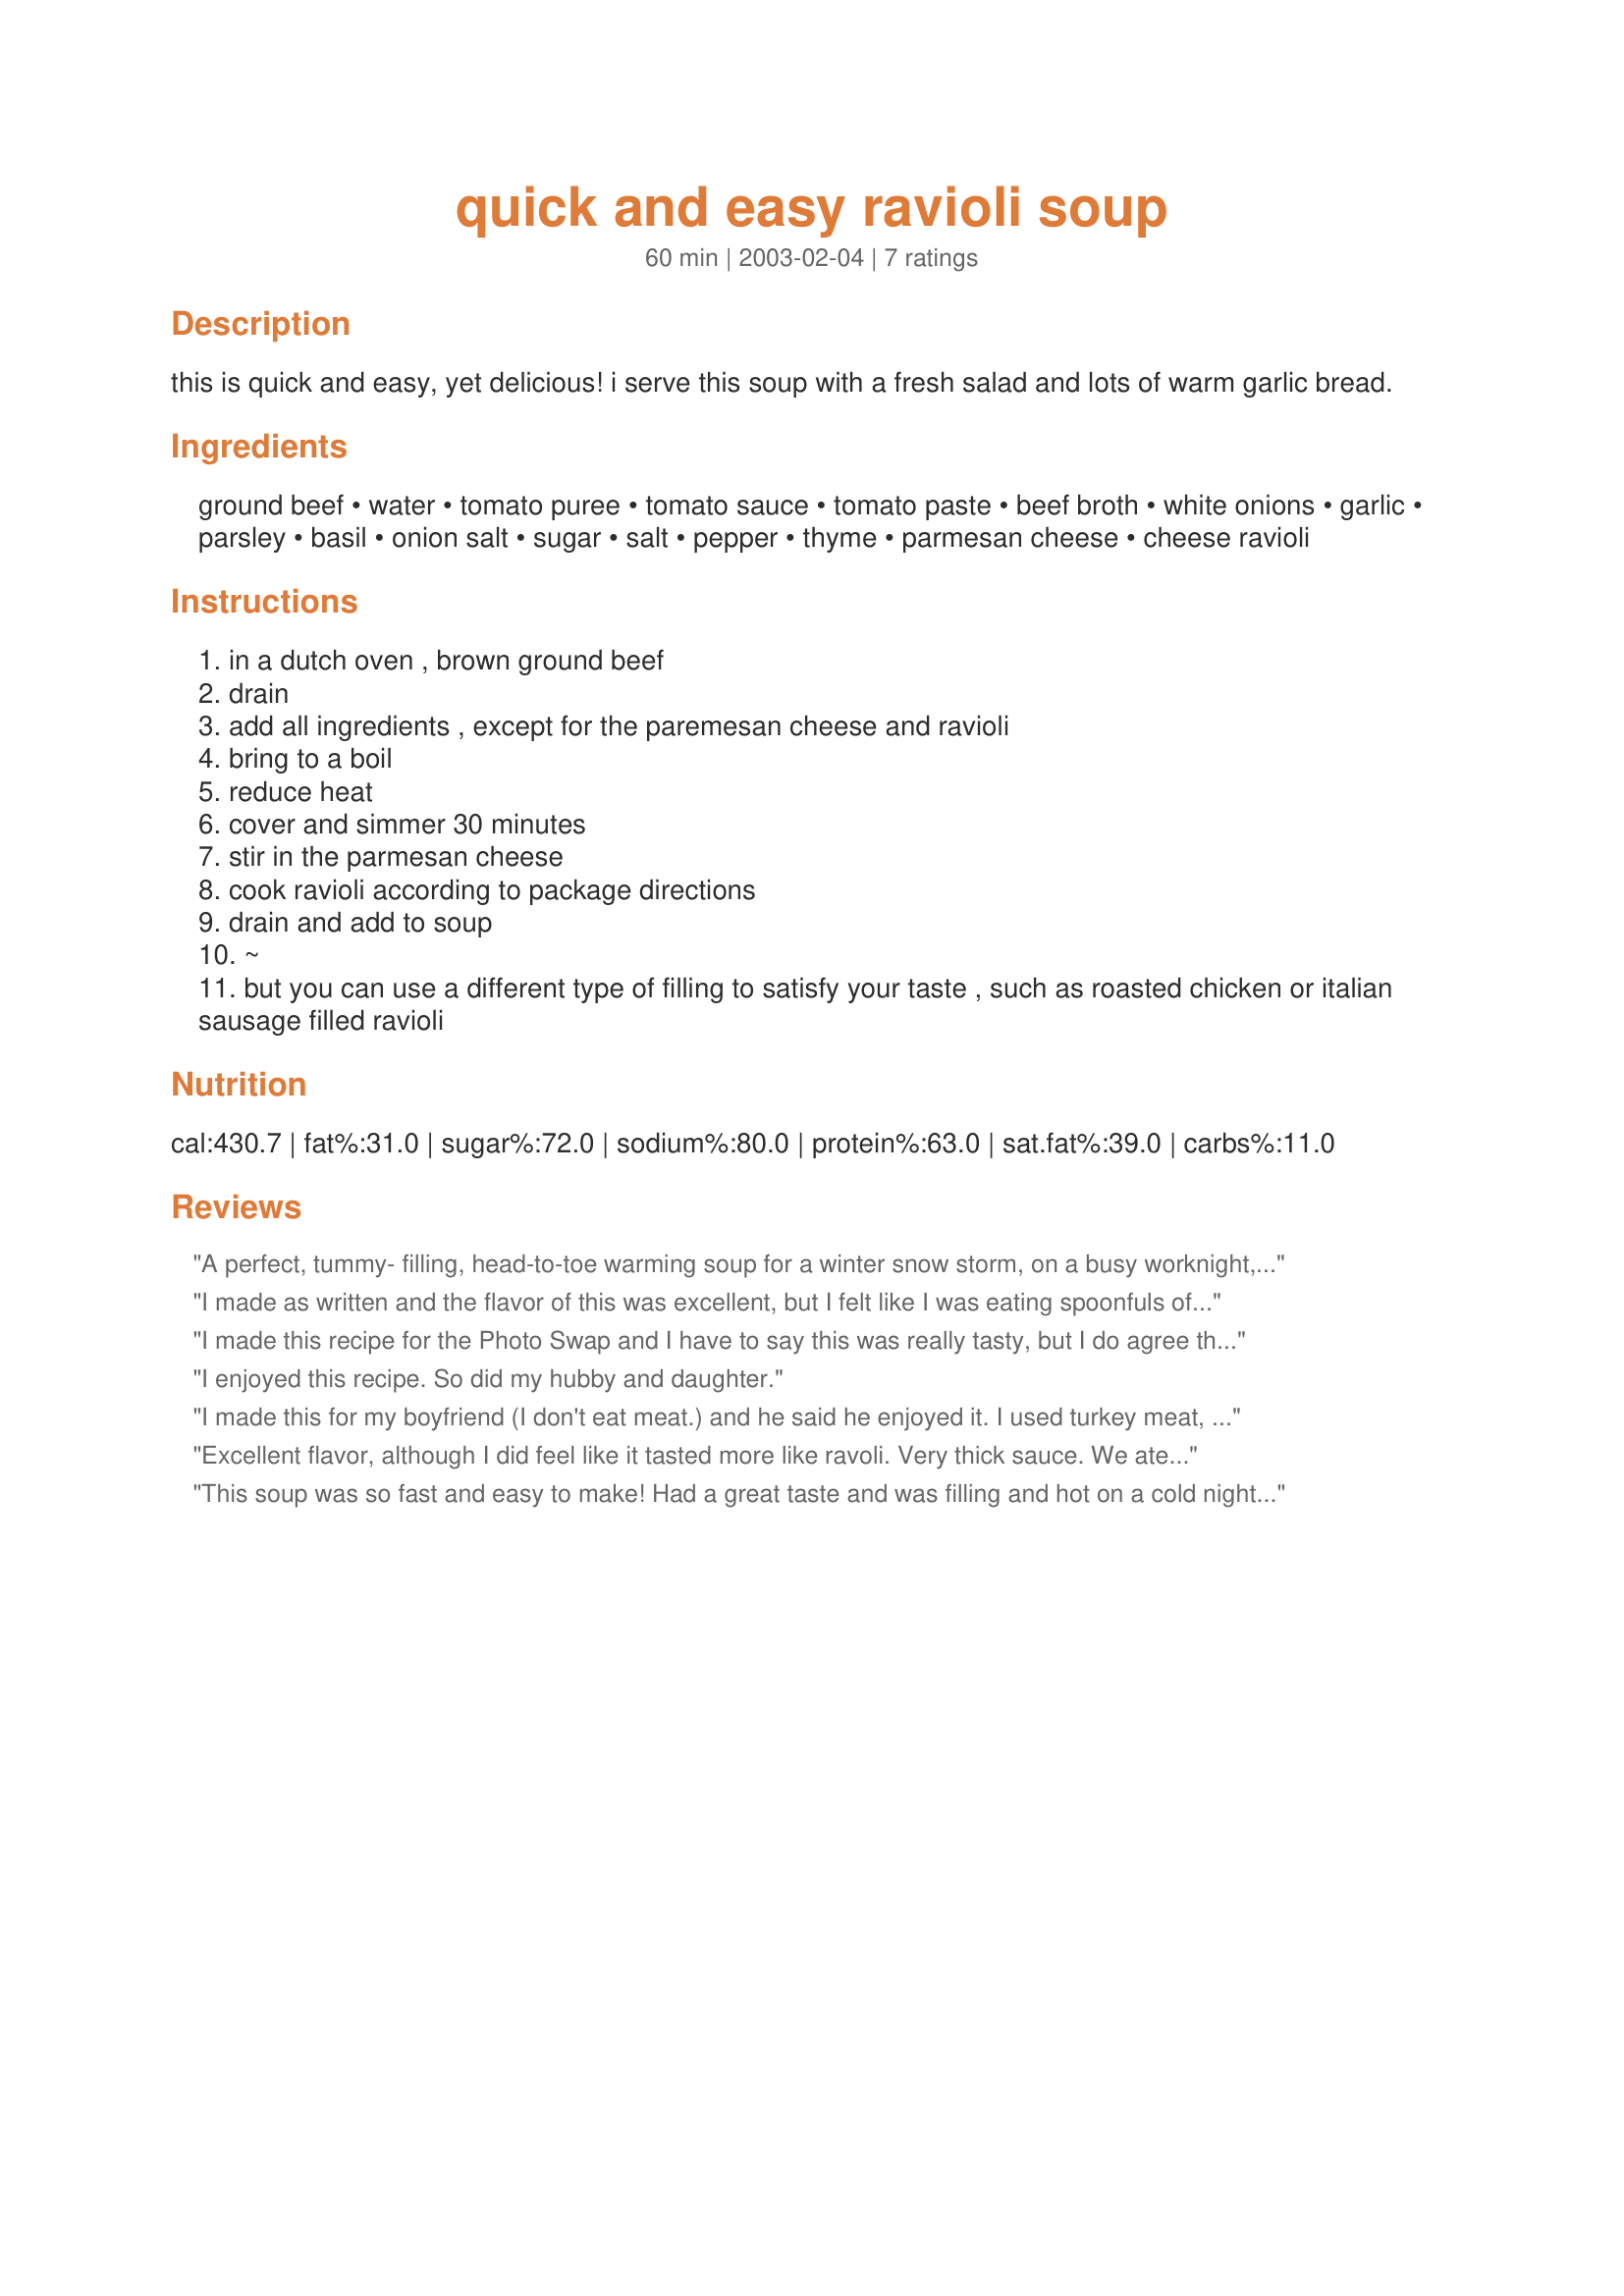
quick and easy ravioli soup
Preparation time: 60 minutes

this is quick and easy, yet delicious! i serve this soup with a fresh salad and lots of warm garlic bread.

Ingredients:
ground beef, water, tomato puree, tomato sauce, tomato paste, beef broth, white onions, garlic, parsley, basil, onion salt, sugar, salt, pepper, thyme, parmesan cheese, cheese ravioli

Steps:
in a dutch oven , brown ground beef
drain
add all ingredients , except for the paremesan cheese and ravioli
bring to a boil
reduce heat
cover and simmer 30 minutes
stir in the parmesan cheese
cook ravioli according to package directions
drain and add to soup
~
but you can use a different type of filling to satisfy your taste , such as roasted chicken or italian sausage filled ravioli

Reviews:
A perfect, tummy- filling, head-to-toe warming soup for a winter snow storm, on a busy worknight, which is the occasion I made this for! I used what I had on hand; my substitutions were a 28 oz can of tomato puree, onion powder (no onion salt in cupboard) and 16 oz bag of meat filled tortellini. I sauteed the garlic and onion while browning the beef. Great flavor; I served this with some garlic cheese Texas Toast. The broth was a bit thick, almost sauce-like; next time I will add some V8 juice to thin out the broth while still adding extra flavor to the soup. Upon serving, I topped soup with a blend of shredded 6 Italian Cheeses and a sprinkle of Itlalian Seasonings. I'd love to try this in the crockpot. Thanks for posting!
I made as written and the flavor of this was excellent, but I felt like I was eating spoonfuls of spaghetti sauce...as a matter of fact, I might use this as a spag. sauce in the future! I used cheese ravioli, which was rather big for a soup, mini raviolis or cheese tortellini would work better. All in all, very tasty! Thanks for posting.
I made this recipe for the Photo Swap and I have to say this was really tasty, but I do agree that for a soup it is very thick. After I added the ravioli (wild mushroom flavour) it was more like eating ravioli with a runny bolognese sauce than ravioli soup. Next time I'll probably dilute it a little with vegetable stock, the flavours were great though! I will be making this again! Thanks for sharing! Hpe you like the pics Kim! :)
I enjoyed this recipe. So did my hubby and daughter.
I made this for my boyfriend (I don't eat meat.) and he said he enjoyed it. I used turkey meat, instead of beef, and substituted vegetarian broth for the beef broth. I also used chopped red onion, not the white. The boyfriend said he'd eat it again soon!
Excellent flavor, although I did feel like it tasted more like ravoli. Very thick sauce. We ate this with garlic cheese toast. It was very flavorful. Thanks for posting.
This soup was so fast and easy to make! Had a great taste and was filling and hot on a cold night. I will be making this again! Thank you for sharing!!
